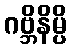
ဂဗ္ဘိနိမ္ပိ